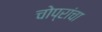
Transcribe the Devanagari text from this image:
चोप्रांचा